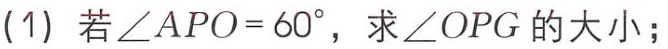
(1) 若\(\angle APO = 60^{\circ}\)，求\(\angle OPG\)的大小；